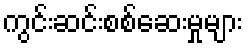
ကွင်းဆင်းစစ်ဆေးမှုများ